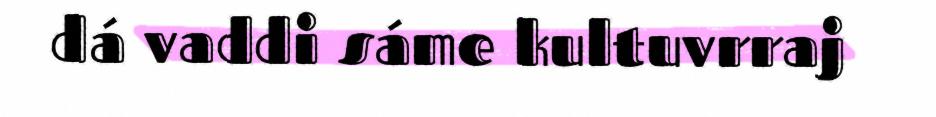
dá vaddi sáme kultuvrraj